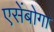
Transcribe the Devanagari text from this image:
एसेंबोगा